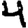
Digit: 4